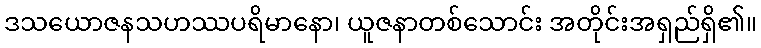
ဒသယောဇနသဟဿပရိမာနော၊ ယူဇနာတစ်သောင်း အတိုင်းအရှည်ရှိ၏။